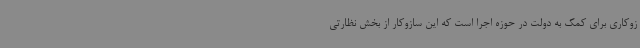
زوکاری برای کمک به دولت در حوزه اجرا است که این سازوکار از بخش نظارتی